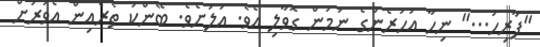
"ފާރިހު..." ނިހާ އަހަރެންގެ ނަމުން ގޮވާލި އެވެ. އަލަށެވެ. ބޭންކު ތެރެއިން އެވަރަށް